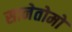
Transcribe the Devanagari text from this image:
सानेतोमो